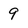
Character: 9